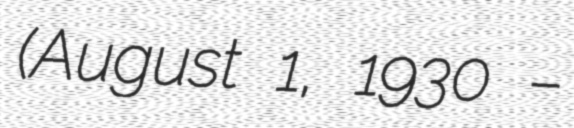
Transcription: (August 1, 1930 –